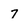
Character: 7